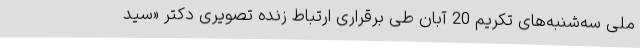
ملی سه‌شنبه‌های تکریم 20 آبان طی برقراری ارتباط زنده تصویری دکتر «سید